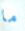
ما